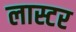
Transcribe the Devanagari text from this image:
लास्टर